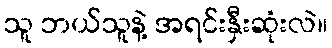
သူ ဘယ်သူနဲ့ အရင်းနှီးဆုံးလဲ။